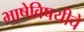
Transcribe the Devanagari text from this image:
भाषेविषयीचे